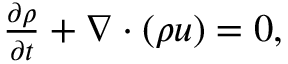
\begin{array} { r } { \frac { \partial \rho } { \partial t } + \nabla \cdot ( \rho \boldsymbol { u } ) = 0 , } \end{array}